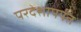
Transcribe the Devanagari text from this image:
परदेशापर्यंत